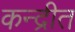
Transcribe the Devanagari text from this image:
कन्द्रीत